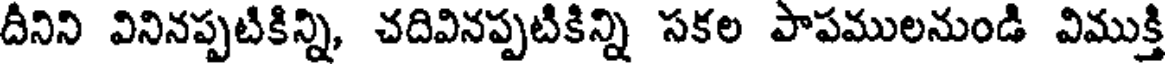
దీనిని వినినప్పటికిన్ని, చదివినప్పటికిన్ని సకల పాపములనుండి విముక్తి